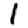
Digit: 1